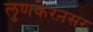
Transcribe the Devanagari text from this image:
लुणकरऩसर